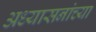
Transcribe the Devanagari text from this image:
अध्यासनांच्या